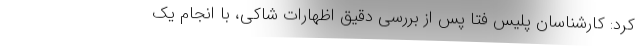
کرد: کارشناسان پلیس فتا پس از بررسی دقیق اظهارات شاکی، با انجام یک